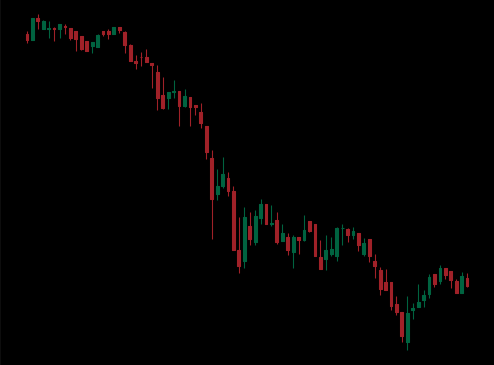
Pattern: bull_flag